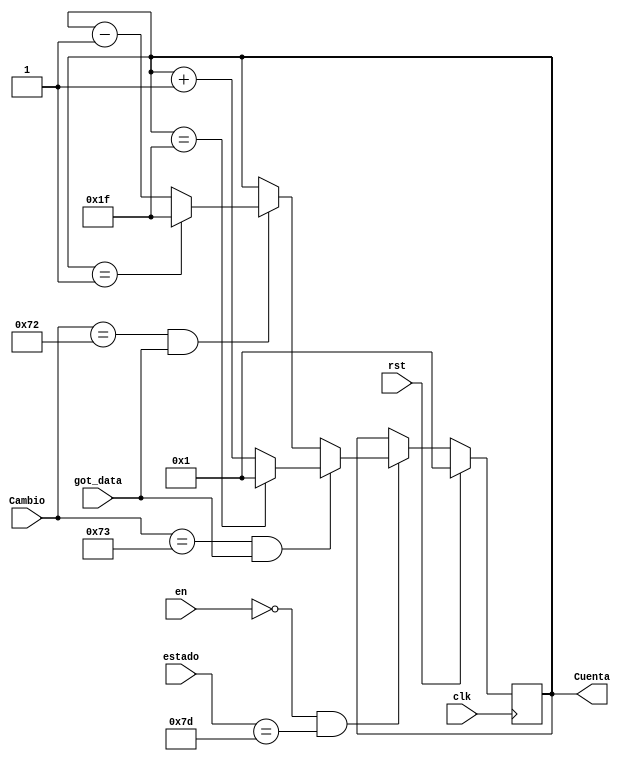
module Contador_AD_Year(
    input rst,
	 input [7:0]estado,
	 input [1:0] en,
    input [7:0] Cambio,
	 input got_data,
    input clk,
    output reg [(N-1):0] Cuenta
    );
	
	 
	 parameter N = 5;
	 parameter X = 31;

    always @(posedge clk)
	 if (rst)
	    Cuenta <= 1;
    else	if (en == 2'd0 && estado == 8'h7D)
         begin
	         if (Cambio == 8'h73 && got_data)
				begin
				   if (Cuenta == X)
				      Cuenta <= 1;
					else 
				      Cuenta <= Cuenta + 1'd1;
				end
				else if (Cambio == 8'h72 && got_data)
					  begin
				        if (Cuenta == 1)
						     Cuenta <= X;
					     else 
						     Cuenta <= Cuenta - 1'd1;
				     end
					  else 
					     Cuenta <= Cuenta;
	      end
	      else 
			   Cuenta <= Cuenta;
endmodule